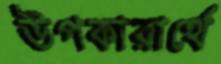
উপকারার্থে